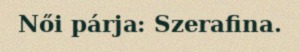
Női párja: Szerafina.